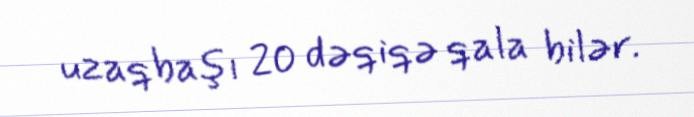
uzaqbaşı 20 dəqiqə qala bilər.